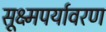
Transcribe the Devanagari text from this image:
सूक्ष्मपर्यावरण